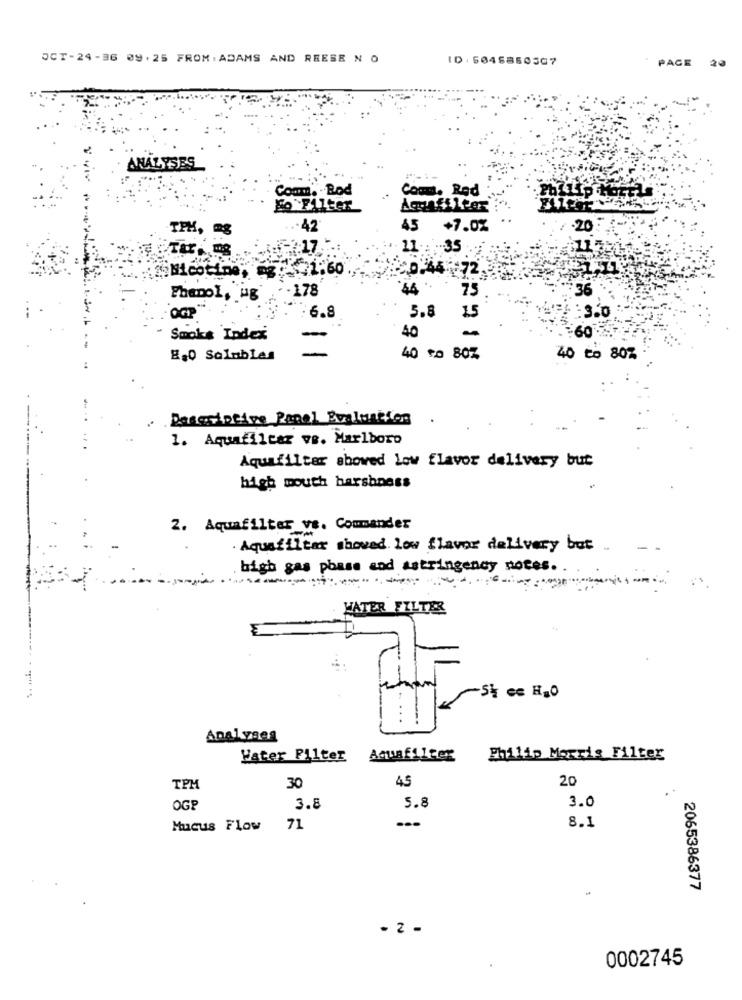
OCT-24-36 09.25 FROM. ADAMS AND REESE N O
ID. 6046850567
PACE 20
ANALYSES
Com. Rod
Cont. Red
Fo Filter
Accufilter
TPH, mg
... 42
45 +7.0%
·20
:: 17.
11 .: 35
Nicotine
>0.44 72
. - 178
75
36
Phenol, ug
15
: 350
6.8
5.8
-60%
Smoke Index
-
40
-
8,0 Solubles
40 to 80%
40 to 80%
Descriptive Panel Evaluation
1. Aquafilcar ve. Marlboro
Aquafilter showed low flavor delivery but
high mouth harshness
2. Aquafilter_ve. Commander
Aquafiltar showed. low flavor delivery but
high gas phase and astringency notes ..
WATER FILTER
-5% ec H2O
Analyses
Water Filter
Aquafilter
Philip Morris Filter
45
20
TPM
30
OGP
3.8
5.8
3.0
...
Mucus Flow
71
8.1
2065386377
- 2 -
0002745